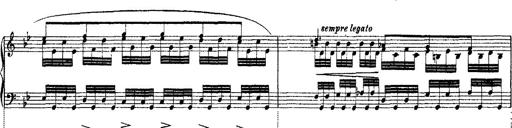
Title: Ã‰tudes d'exÃ©cution transcendante d'aprÃ¨s Paganini
Composer: Franz Liszt